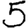
Digit: 5